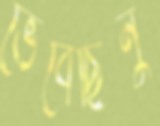
ভেবেছিনু